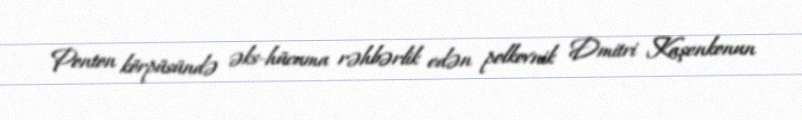
Ponton körpüsündə əks-hücuma rəhbərlik edən polkovnik Dmitri Kaşenkonun